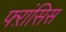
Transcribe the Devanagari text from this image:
फ्ऱांसिस